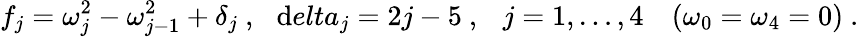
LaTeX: f_{j}=\omega_{j}^{2}-\omega_{j-1}^{2}+\delta_{j}\ ,\ \ \, \mathrm{d}elta_{j}=2j-5\ ,\ \ \ j=1,\ldots,4\ \ \ \ (\omega_{0}=\omega_{4}=0)\ .